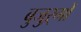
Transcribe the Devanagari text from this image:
बुजुऱ्गों